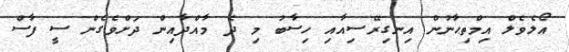
އޯލެވެލް އިމްތިޙާނުން އިނގިރޭސިއާއި ހިސާބު މި ދެ މާއްދާއިން ދަށްވެގެން ސީ ފާސް